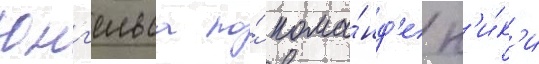
юнг'ельса по́ кома́нд'е н'и́к'и